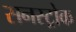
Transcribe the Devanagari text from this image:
सनस्ट्रोक